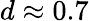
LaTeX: d\approx 0.7